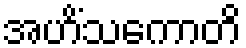
အဟိံသကောတိ